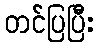
တင်ပြပြီး